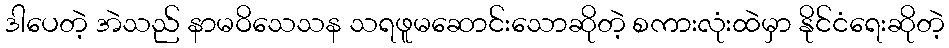
ဒါပေတဲ့ အဲသည် နာမဝိသေသန သရဖူမဆောင်းသောဆိုတဲ့ စကားလုံးထဲမှာ နိုင်ငံရေးဆိုတဲ့